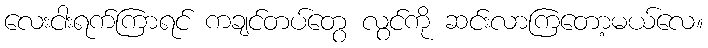
လေးငါးရက်ကြာရင် ကချင်တပ်တွေ လွင်ကို ဆင်းလာကြတော့မယ်လေ။